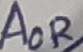
Text: AOR